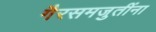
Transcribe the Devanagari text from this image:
गैरसमजुतींना